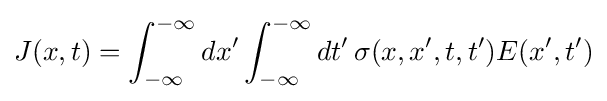
J(x,t)=\int _{-\infty }^{-\infty }dx'\int _{-\infty }^{-\infty }dt'\,\sigma (x,x',t,t')E(x',t')